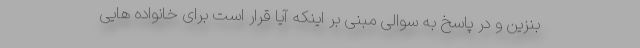
بنزین و در پاسخ به سوالی مبنی بر اینکه آیا قرار است برای خانواده هایی